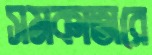
সমকাতারে